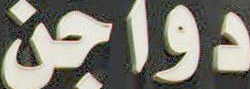
دواجن